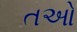
તઓ